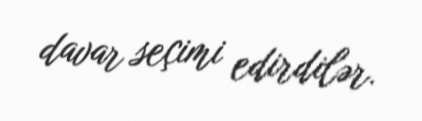
davar seçimi edirdilər.